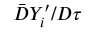
{ \bar { D } Y _ { i } ^ { \prime } } / { D \tau }